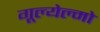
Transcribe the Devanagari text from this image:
गूल्येल्मो